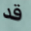
قد